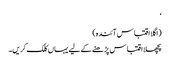
‘
(اگلا اقتباس آئندہ)
پچھلا اقتباس پڑھنے کے لیے یہاں کلک کریں۔